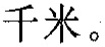
千米。